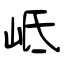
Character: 岻